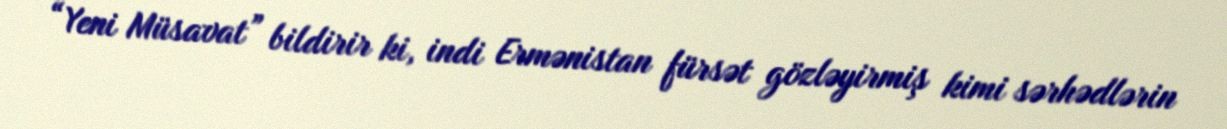
“Yeni Müsavat” bildirir ki, indi Ermənistan fürsət gözləyirmiş kimi sərhədlərin